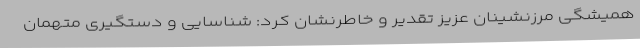
همیشگی مرزنشینان عزیز تقدیر و خاطرنشان کرد: شناسایی و دستگیری متهمان